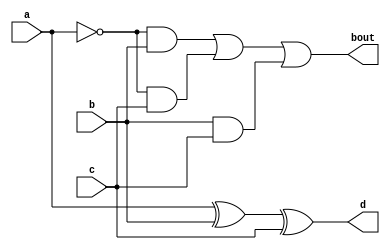
`timescale 1ns / 1ps

module fs_st(
    output d,bout,
    input a,b,c
    );
wire w1,w2,w3,a_bar;
not n1(a_bar,a);
xor x1(d,a,b,c);
and a1(w1,a_bar,b);
and a2(w2,a_bar,c);
and a3(w3,b,c);                                            
or o1(bout,w1,w2,w3);
endmodule